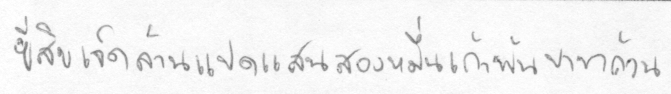
ยี่สิบเจ็ดล้านแปดแสนสองหมื่นเก้าพันบาทถ้วน